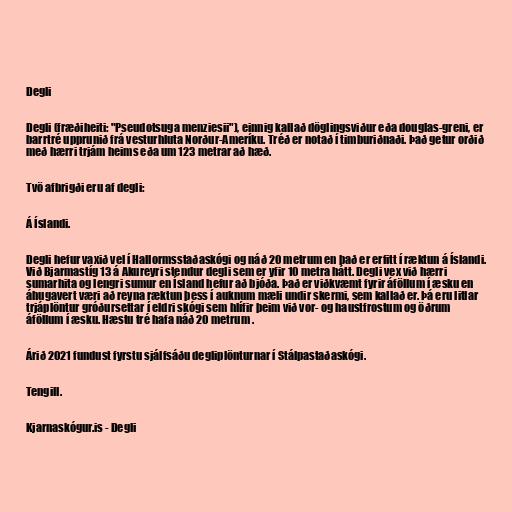
Degli

Degli (fræðiheiti: "Pseudotsuga menziesii"), einnig kallað döglingsviður eða douglas-greni, er
barrtré upprunið frá vesturhluta Norður-Ameríku. Tréð er notað í timburiðnaði. Það getur orðið
með hærri trjám heims eða um 123 metrar að hæð.

Tvö afbrigði eru af degli:

Á Íslandi.

Degli hefur vaxið vel í Hallormsstaðaskógi og náð 20 metrum en það er erfitt í ræktun á Íslandi.
Við Bjarmastíg 13 á Akureyri stendur degli sem er yfir 10 metra hátt. Degli vex við hærri
sumarhita og lengri sumur en Ísland hefur að bjóða. Það er viðkvæmt fyrir áföllum í æsku en
áhugavert væri að reyna ræktun þess í auknum mæli undir skermi, sem kallað er. Þá eru litlar
trjáplöntur gróðursettar í eldri skógi sem hlífir þeim við vor- og haustfrostum og öðrum
áföllum í æsku. Hæstu tré hafa náð 20 metrum .

Árið 2021 fundust fyrstu sjálfsáðu degliplönturnar í Stálpastaðaskógi.

Tengill.

Kjarnaskógur.is - Degli